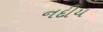
નદીય